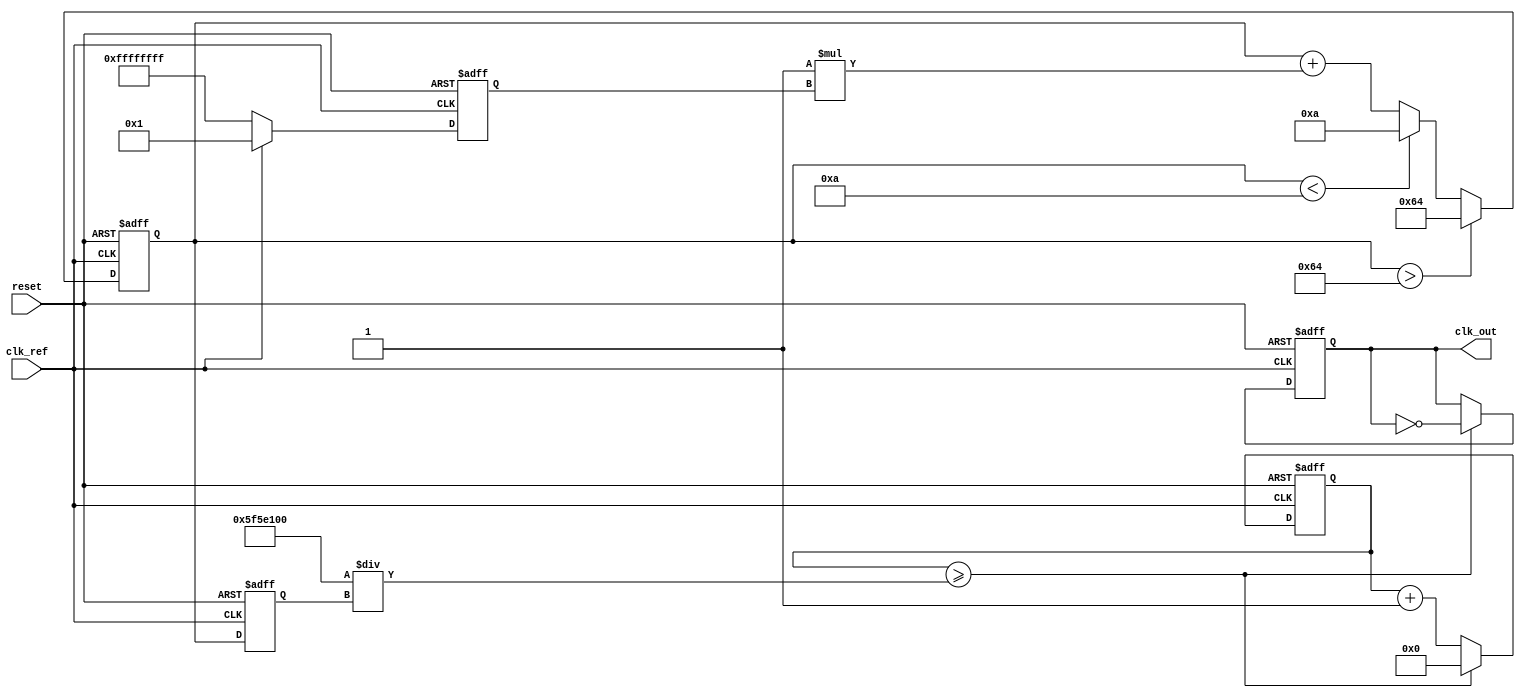
module pll_type2 (
    input wire clk_ref,       // Reference clock input
    input wire reset,         // Reset signal
    output reg clk_out        // Output clock
);

// Parameters
parameter N = 4;              // Division ratio for feedback
parameter VCO_MAX_FREQ = 100; // Maximum VCO frequency
parameter VCO_MIN_FREQ = 10;  // Minimum VCO frequency
parameter K_PD = 1;           // Gain of Phase Detector
parameter K_LF = 1;           // Gain of Loop Filter

// Internal signals
reg [31:0] phase_error;       // Phase error signal from PD
reg [31:0] control_voltage;    // Control voltage for VCO
reg [31:0] vco_freq;           // Current frequency of VCO
reg [31:0] feedback_div;       // Feedback divider output
reg [31:0] vco_counter;        // VCO counter for generating clk_out

// Phase Detector (PD)
always @(posedge clk_ref or posedge reset) begin
    if (reset) begin
        phase_error <= 0;
    end else begin
        // Simple phase comparison logic (for illustration)
        // In a real design, this would be more complex
        phase_error <= (clk_ref ? K_PD : -K_PD);
    end
end

// Loop Filter (LF)
always @(posedge clk_ref or posedge reset) begin
    if (reset) begin
        control_voltage <= 0;
    end else begin
        // Simple first-order filter for control voltage
        control_voltage <= control_voltage + (K_LF * phase_error);
        // Clamp control voltage to VCO range
        if (control_voltage > VCO_MAX_FREQ) begin
            control_voltage <= VCO_MAX_FREQ;
        end else if (control_voltage < VCO_MIN_FREQ) begin
            control_voltage <= VCO_MIN_FREQ;
        end
    end
end

// Voltage-Controlled Oscillator (VCO)
always @(posedge clk_ref or posedge reset) begin
    if (reset) begin
        vco_freq <= VCO_MIN_FREQ; // Start at minimum frequency
        clk_out <= 0;
        vco_counter <= 0;
    end else begin
        // Adjust VCO frequency based on control voltage
        vco_freq <= control_voltage;

        // Generate output clock based on VCO frequency
        if (vco_counter >= (100000000 / vco_freq)) begin // Assuming clk_ref is 100MHz
            clk_out <= ~clk_out; // Toggle output clock
            vco_counter <= 0;
        end else begin
            vco_counter <= vco_counter + 1;
        end
    end
end

// Feedback Path with Frequency Divider
always @(posedge clk_out or posedge reset) begin
    if (reset) begin
        feedback_div <= 0;
    end else begin
        feedback_div <= feedback_div + 1;
        if (feedback_div >= N) begin
            feedback_div <= 0;
            // Feedback to PD would occur here
            // In a real design, you would connect this to the PD
        end
    end
end

endmodule